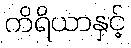
ကိရိယာနှင့်